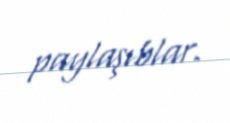
paylaşıblar.